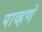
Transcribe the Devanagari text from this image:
पाव्हणं